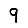
Digit: 9